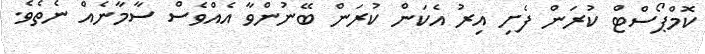
ކޮމްޕޯސްޓް ކުރަން ފެށި އިރު އެކަން ކުރަން ބޭނުންވާ އެއްވެސް ސާމާނެއް ނެތެވެ.